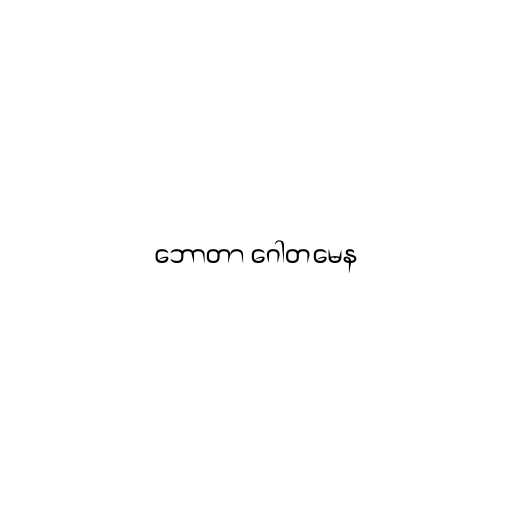
ဘောတာ ဂေါတမေန